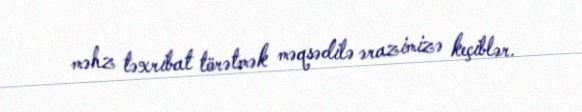
məhz təxribat törətmək məqsədilə ərazimizə keçiblər.